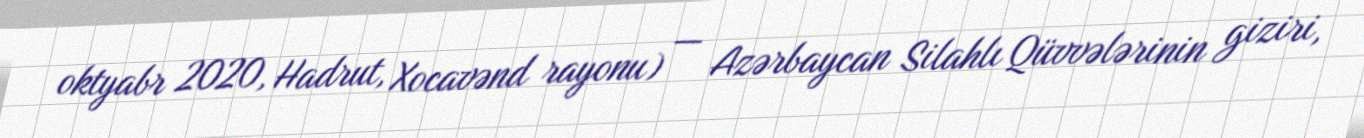
oktyabr 2020, Hadrut, Xocavənd rayonu) — Azərbaycan Silahlı Qüvvələrinin giziri,